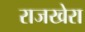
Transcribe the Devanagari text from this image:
राजखेरा